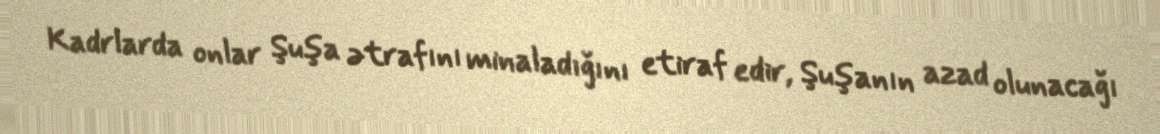
Kadrlarda onlar Şuşa ətrafını minaladığını etiraf edir, Şuşanın azad olunacağı